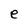
Character: e